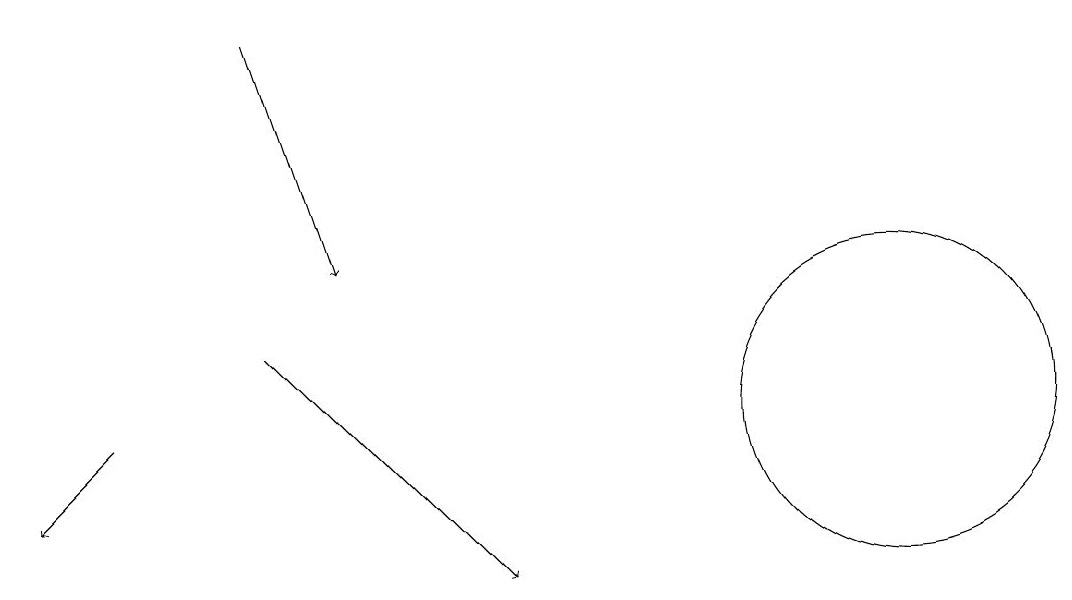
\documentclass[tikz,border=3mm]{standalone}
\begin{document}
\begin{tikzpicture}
\draw[->] (3,17) -- (4,14);
\draw[->] (1,12) -- (0,11);
\draw (11,12) circle (2);
\draw (10,12) circle (0);
\draw[->] (3,13) -- (6,10);
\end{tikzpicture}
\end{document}